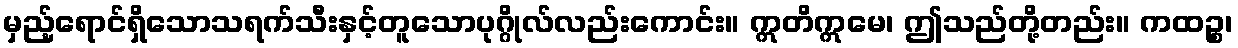
မှည့်ရောင်ရှိသောသရက်သီးနှင့်တူသောပုဂ္ဂိုလ်လည်းကောင်း။ ဣတိဣမေ၊ ဤသည်တို့တည်း။ ကထဉ္စ၊